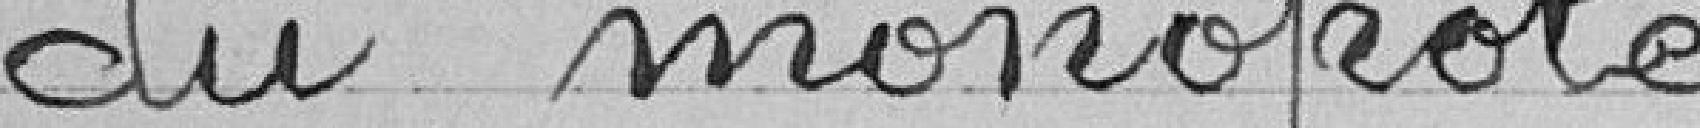
du monopole